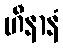
ဟီနာနံ